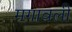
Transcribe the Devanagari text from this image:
मगावली